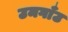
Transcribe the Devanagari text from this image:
उमगाँउ